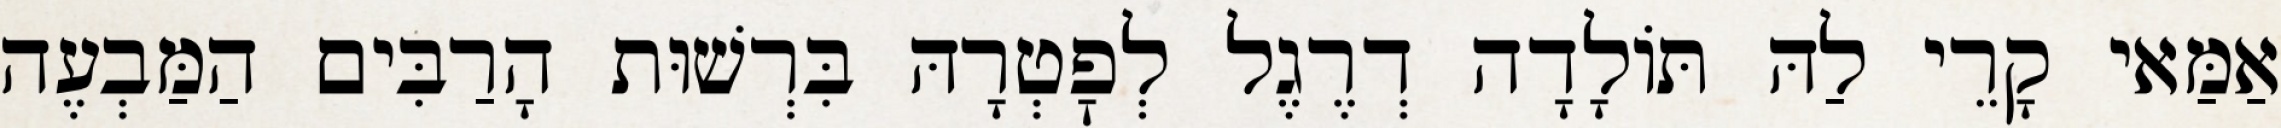
אַמַּאי קָרֵי לַהּ תּוֹלָדָה דְרֶגֶל לְפׇטְרָהּ בִּרְשׁוּת הָרַבִּים הַמַּבְעֶה